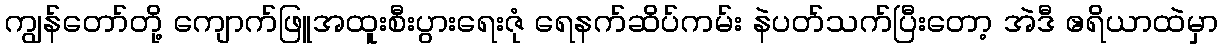
ကျွန်တော်တို့ ကျောက်ဖြူအထူးစီးပွားရေးဇုံ ရေနက်ဆိပ်ကမ်း နဲပတ်သက်ပြီးတော့ အဲဒီ ဧရိယာထဲမှာ